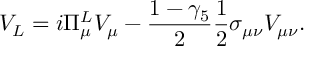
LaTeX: V _ { L } = i \Pi _ { \mu } ^ { L } V _ { \mu } - \frac { 1 - \gamma _ { 5 } } { 2 } \frac { 1 } { 2 } \sigma _ { \mu \nu } V _ { \mu \nu } .